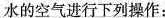
水的空气进行下列操作：